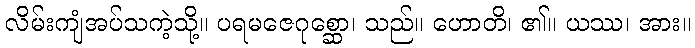
လိမ်းကျံအပ်သကဲ့သို့။ ပရမဇေဂုစ္ဆော၊ သည်။ ဟောတိ၊ ၏။ ယဿ၊ အား။